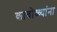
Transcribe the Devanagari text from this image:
काचोळ्यांना